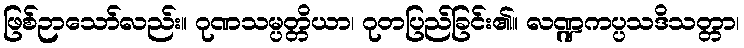
ဖြစ်ဉာသော်လည်း။ ဂုဏသမ္ပတ္တိယာ၊ ဂုတပြည်ခြင်း၏။ လဏ္ဍကပ္ပသဒိသတ္တာ၊